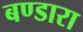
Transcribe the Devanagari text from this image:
बण्डारा